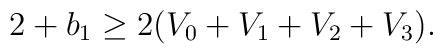
2+b_1\geq 2(V_0+V_1+V_2+V_3).